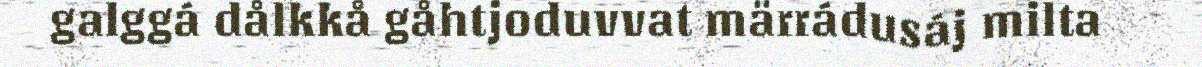
galggá dålkkå gåhtjoduvvat märrádusáj milta